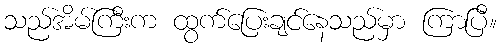
သည်အိမ်ကြီးက ထွက်ပြေးချင်နေသည်မှာ ကြာပြီ။